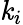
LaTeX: \mathit{k}_{i}